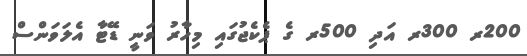
200ރ 300ރ އަދި 500ރ ގެ ޕެކެޖުގައި މިހާރު ވަނީ ޑޭޓާ އެލަވަންސް